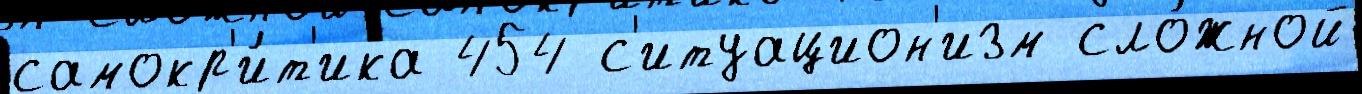
самокр'и́т'ика 454 с'итуацион'изм сло́жной